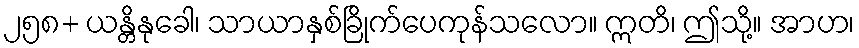
၂၅၈+ ယန္တိနုခေါ၊ သာယာနှစ်ခြိုက်ပေကုန်သလော။ ဣတိ၊ ဤသို့။ အာဟ၊